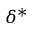
\delta ^ { * }